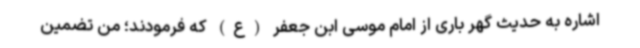
اشاره به حدیث گهر باری از امام موسی ابن جعفر (ع) که فرمودند؛ من تضمین